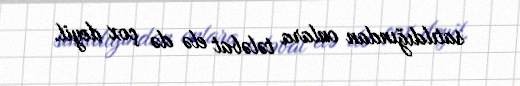
satıldığından onlara tələbat elə də çox deyil.